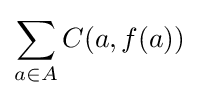
\sum _{a\in A}C(a,f(a))